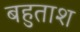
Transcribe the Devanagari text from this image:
बहुताश